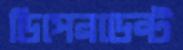
ডিপেনডেন্ট